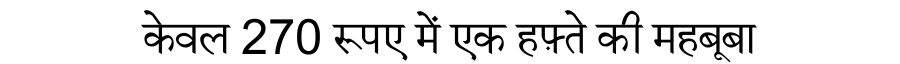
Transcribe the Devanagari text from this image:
केवल 270 रूपए में एक हफ़्ते की महबूबा